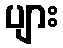
ပျား